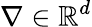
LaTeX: \nabla\in\mathbb{R}^{d}